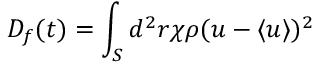
D _ { f } ( t ) = \int _ { S } d ^ { 2 } r \chi \rho ( u - \langle u \rangle ) ^ { 2 }